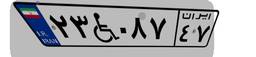
۲۳W۰۸۷۴۷